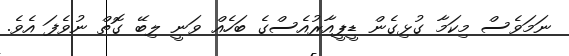
ނަމަވެސް މިކަމާ ގުޅިގެން ޑީޕީއާރުއެސްގެ ބަހެއް ވަނީ ލިބޭ ގޮތް ނުވެފަ އެވެ.